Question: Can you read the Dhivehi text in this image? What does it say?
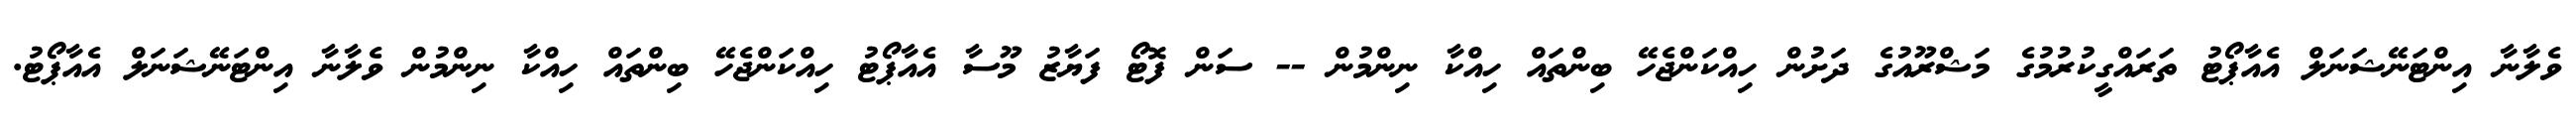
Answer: ވެލާނާ އިންޓަނޭޝަނަލް އެއާޕޯޓު ތަރައްގީކުރުމުގެ މަޝްރޫއުގެ ދަށުން ހިއްކަންޖެހޭ ބިންތައް ހިއްކާ ނިންމުން -- ސަން ފޮޓޯ ފަޔާޒު މޫސާ އެއާޕޯޓު ހިއްކަންޖެހޭ ބިންތައް ހިއްކާ ނިންމުން ވެލާނާ އިންޓަނޭޝަނަލް އެއާޕޯޓު.